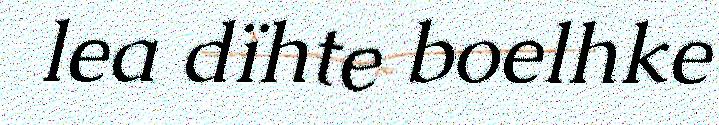
lea dïhte boelhke